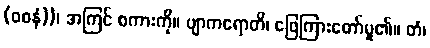
(ဝစနံ))၊ အကြင် စကားကို။ ဗျာကရောတိ၊ ဖြေကြားတော်မူ၏။ တံ၊